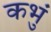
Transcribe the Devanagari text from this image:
कभुं